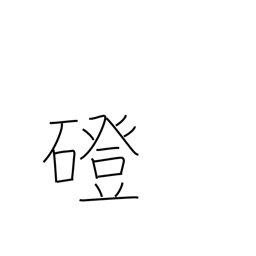
Meaning: stone bridge